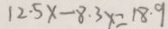
1 2 . 5 x - 8 . 3 x = 1 8 . 9